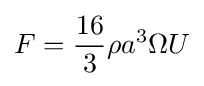
F={\frac {16}{3}}\rho a^{3}\Omega U